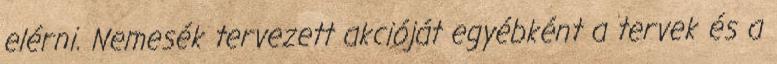
elérni. Nemesék tervezett akcióját egyébként a tervek és a